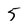
Character: 5